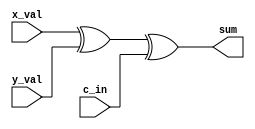

// Edward Prokopik
// Adder.v, 137 Verilog Programming Assignment #4

module ParityMod(c_in, x_val, y_val, sum);
    input c_in, x_val, y_val;
    output sum;

    wire r1;

    xor(r1, x_val, y_val);
    xor(sum, r1, c_in);
    
endmodule

module MajorityMod(c_in, x_val, y_val, c_out);
    input c_in, x_val, y_val;
    output c_out;

    wire [1:3] r;

    and(r[1], x_val, y_val);
    and(r[2], x_val, c_in);
    and(r[3], y_val, c_in);
    or(c_out, r[1], r[2], r[3]);

endmodule

module FullAdderMod(c_in, x_val, y_val, sum, c_out);
    input c_in, x_val, y_val;
    output sum, c_out;

    ParityMod parity(c_in, x_val, y_val, sum);
    MajorityMod majority(c_in, x_val, y_val, c_out);


endmodule

module AddSub(c_in, x_val, y_val, sum, c_4, c_5, e);

    input [4:0] x_val, y_val;
    input c_in;
    wire [4:0] xor_y;
    wire [4:1] c_val;     
    output [4:0] sum;
    output c_5, c_4;
    output e;

    xor(xor_y[0], c_in, y_val[0]);
    xor(xor_y[1], c_in, y_val[1]);
    xor(xor_y[2], c_in, y_val[2]);
    xor(xor_y[3], c_in, y_val[3]);
    xor(xor_y[4], c_in, y_val[4]);
    

    FullAdderMod adder1(c_in, x_val[0], xor_y[0], sum[0], c_val[1]);
    FullAdderMod adder2(c_val[1], x_val[1], xor_y[1], sum[1], c_val[2]);
    FullAdderMod adder3(c_val[2], x_val[2], xor_y[2], sum[2], c_val[3]);
    FullAdderMod adder4(c_val[3], x_val[3], xor_y[3], sum[3], c_4);
    FullAdderMod adder5(c_4, x_val[4], xor_y[4], sum[4], c_5);

    xor(e, c_4, c_5);

endmodule

module TestMod;    

   parameter STDIN = 32'h8000_0000; // I/O address of keyboard input channel

    reg [7:0] str [1:3];
    reg [4:0] x_val, y_val;
    reg c_in;
    wire [4:0] sum;
    wire c_5;   
    
    AddSub adder(c_in, x_val, y_val, sum, c_4, c_5, e);

    initial begin
       
            
        $display("Enter X (two digit 00~15: ");
        str[1] = $fgetc(STDIN);
        str[2] = $fgetc(STDIN);
        str[3]  = $fgetc(STDIN);
        str[1] = (str[1] - 48) * 10;
        str[2] = (str[2] - 48);
        x_val  = str[1] + str[2];

        $display("Enter Y (two digit 00~15: ");
        str[1] = $fgetc(STDIN);
        str[2] = $fgetc(STDIN);
        str[3]  = $fgetc(STDIN);
        str[1] = (str[1] - 48) * 10;
        str[2] = (str[2] - 48);
        y_val  = str[1] + str[2];

        $display("Enter either '+' or '-'");
        str[1] = $fgetc(STDIN);
        str[2] = $fgetc(STDIN);
        //if '+' c_in = 0
        // elsif '-' c_in = 1
        case(str[1])
            43: c_in = 0;
            45: c_in = 1;
        endcase

        #1;
        $display("X = %b (%d) \tY = %b (%d) C0=(%b)", x_val, x_val, y_val, y_val, c_in);

        $display("Result =%b (as unsigned %d)", sum, sum);

        $display("C4=%b C5=%b E=%b", c_4, c_5, e);

        case(e)
            0: $display("Since E is 0, C5 is not needed");
            1: $display("Since E is 1, correct with C5 in front: %b%b", c_5, sum);
        endcase

    end



endmodule